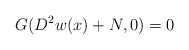
\begin{align*}G(D^2w(x)+N,0)=0\end{align*}